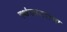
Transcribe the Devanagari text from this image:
स्थंलातराचा